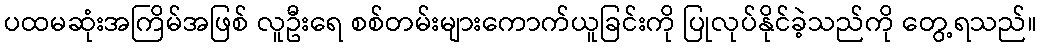
ပထမဆုံးအကြိမ်အဖြစ် လူဦးရေ စစ်တမ်းများကောက်ယူခြင်းကို ပြုလုပ်နိုင်ခဲ့သည်ကို တွေ့ရသည်။